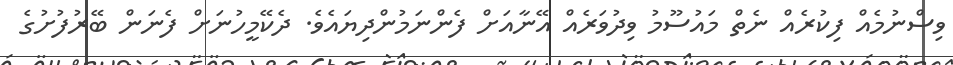
ވިސްނުމެއް ފިކުރެއް ނެތް މައުސޫމު ވިދުވަރެއް އޭނާއަށް ފެންނަމުންދިޔައެވެ. ދެކޭމީހުނަށް ފެނަން ބޭރުފުށުގެ